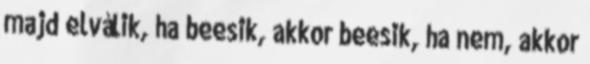
majd elválik, ha beesik, akkor beesik, ha nem, akkor